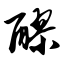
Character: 醪